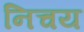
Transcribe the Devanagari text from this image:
निचय